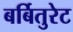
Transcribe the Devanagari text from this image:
बर्बितुरेट